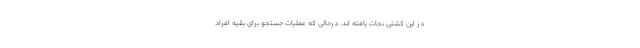
در این کشتی نجات یافته اند، درحالی که عملیات جستجو برای بقیه افراد